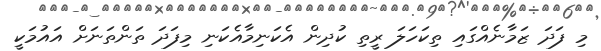
މި ފަދަ ޒަމާނެއްގައި ތިކަހަލަ ރީތި ކުދިން އެކަނިމާއެކަނި މިފަދަ ތަންތަނަށް އައުމަކީ